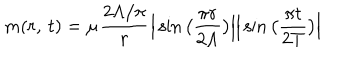
LaTeX: m ( r , { \kern 2 p t } t ) = \mu \frac { 2 \Lambda / \pi } { r } \Big | \sin \big ( \frac { \pi r } { 2 \Lambda } \big ) \Big | \Big | \sin \big ( \frac { \pi t } { 2 T } \big ) \Big |